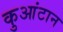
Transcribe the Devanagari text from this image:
कुआंटान